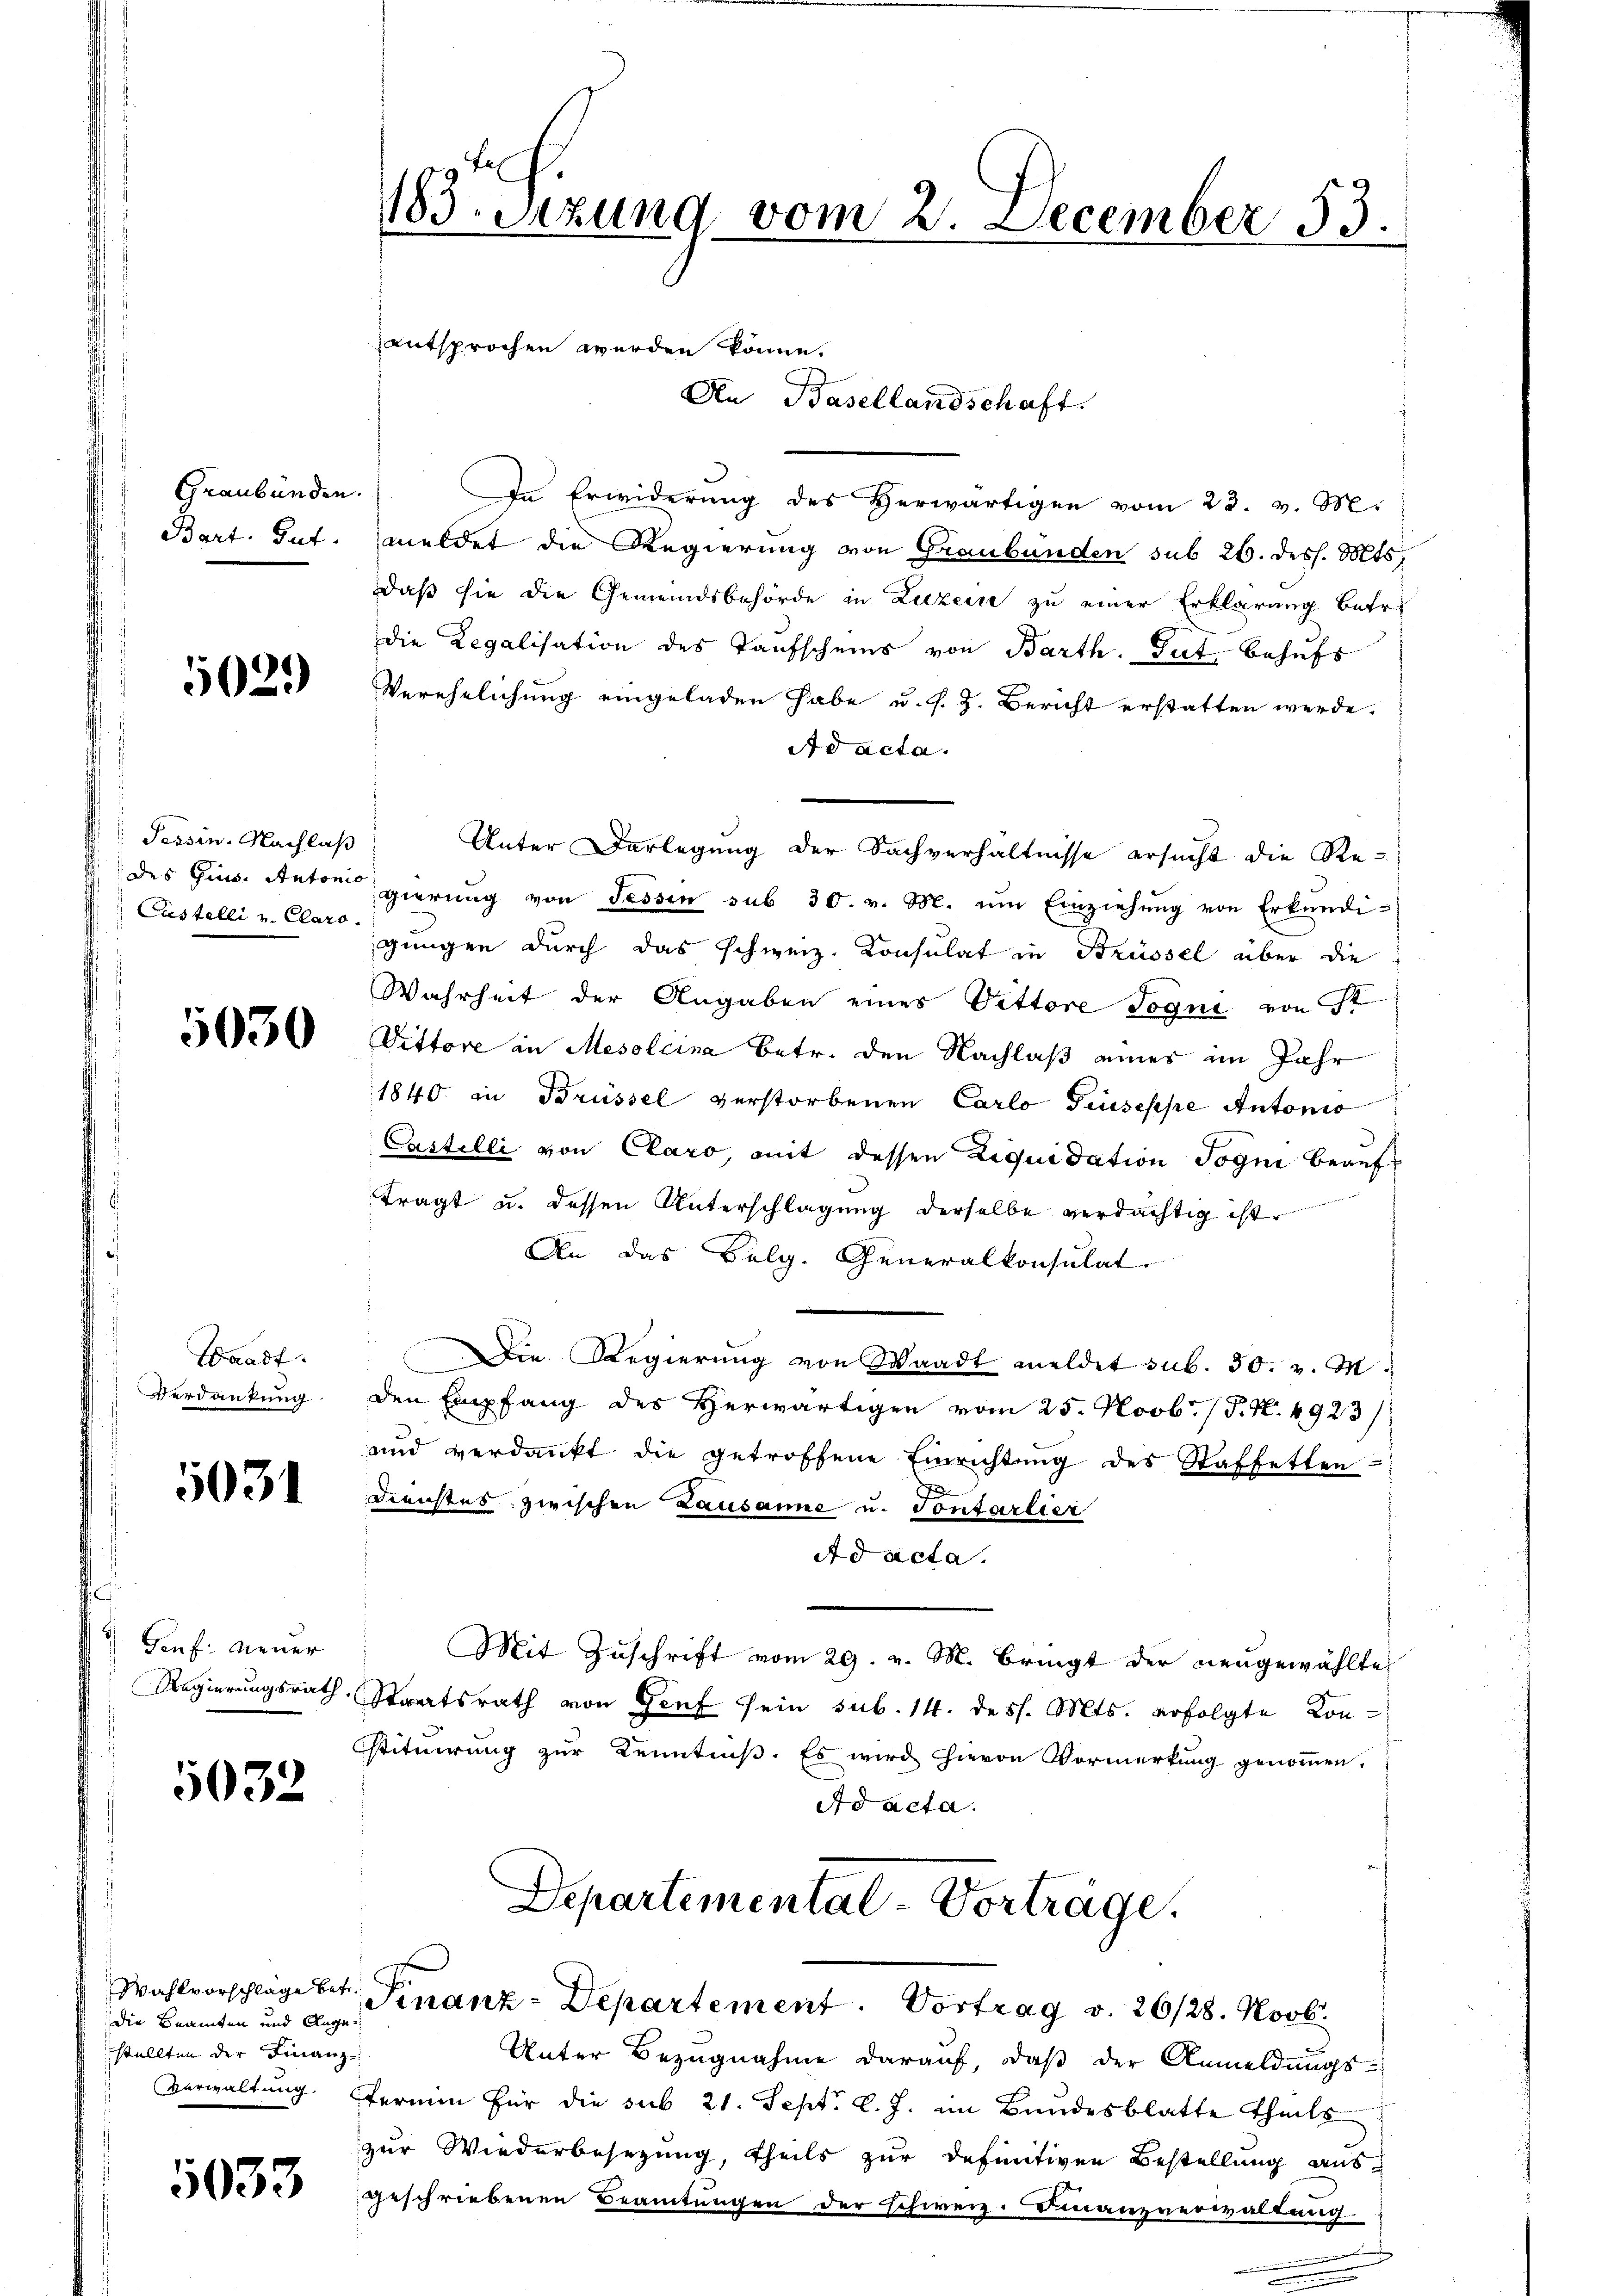
Graubünden.
Bart. Gut.

5029

Tessin. Nachlaß
des Gius. Antoni
Castelli v. Claro

5030

Waadt.
Verdankung

5031

¬
Fauf. Neuer

5032

die Beamten und Auge
stellten der Finanz-

5033

1183. Sitzung vom 2. December 53.

entsprochen werden könne.
In Erwiderung des Herwärtigen vom 23. v. M.
meldet die Regierung von Graubünden sub 26. dess. Mts.
daß sie die Gemeindsbehörde in Luzern zu einer Erklärung betr.
die Legalisation des Taufscheins von Barth. Gut, behufs
Verehelichung eingeladen habe u. s. Z. Bericht erstatten werde.
Ad acta.
Unter Darlegung der Sachverhältnisse ersucht die Regierŭng von Tessin sub 30. v. M. um Einziehŭng von Erkŭndi-
"
gungen durch das schweiz. Konsulat in Brüssel über die
Wahrheit der Angaben eines Pettore Jogni von St
Vittore in Mesolcina betr. den Nachlaß eines im Jahr
1840 in Brüssel verstorbenen Carlo Giuseppe Antonio
Castelli von Claro, mit dessen Liquidation Jogni beauftragt u. dessen Unterschlagung derselbe verdächtig ist.
An das Belg. Generalkonsulat
Die Regierung von Waadt meldet sub. 30. v. M.
den Empfang des Herwärtigen vom 25. Novb. / P. R. 4923/
und verdankt die getroffene Einrichtŭng des Staffetten-
7
Dienstes zwischen Lausanne u. Tontarlier
Ad acta.
Mit Zuschrift vom 29. v. M. Bringt der neugewählte
Regierungsrath Staatsrath von Genf sein sub. 14. dess. Mts. erfolgte Constituirung zur Kenntniß. Es wird hievon Vormerkung genommen.
Ad acta.

An Basellandschaft.

Departemental-Vorträge.
Wahlvorschläge betr. Finanz-Departement. Vortrag v. 26/28. Novbr

Unter Bezugnahme darauf, daß der Anmeldungs¬
Verwaltung. Fermin für die sub 21. Sept. l. J. im Bundesblatte theils
zur Wiederbesezung, theils zur definitiven Bestellung ausgeschriebenen Beamtungen der schweiz. Finanzverwaltung.